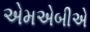
એમએબીએ